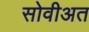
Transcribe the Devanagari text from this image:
सोवीअत